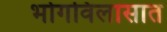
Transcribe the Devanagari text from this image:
भोगविलासात